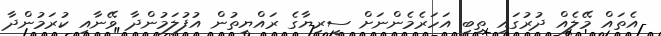
އެތައް މޭލެއް ދުރުގައި ތިބި އަހަރެމެންނަށް ސީރިޔާގެ ރައްޔިތުން އުފުލަމުންދާ ވޭނާއި ކުރަމުންދާ